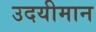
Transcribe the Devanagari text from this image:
उदयीमान